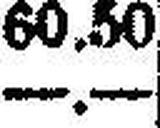
—.—